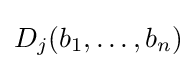
D_{j}(b_{1},\ldots ,b_{n})